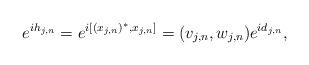
LaTeX: \begin{align*}e^{ih_{j,n}}=e^{i[(x_{j,n})^*,x_{j,n}]}=(v_{j,n},w_{j,n})e^{id_{j,n}},\end{align*}